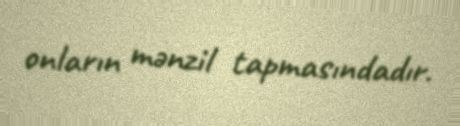
onların mənzil tapmasındadır.